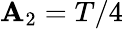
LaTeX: \mathbf{A}_{2}=T/4